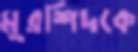
মুরশিদকে